Bombay plague: being a history of the progress of plague in the Bombay presidency from September 1896 to June 1899
Year: 1896
Disease focus: Plague
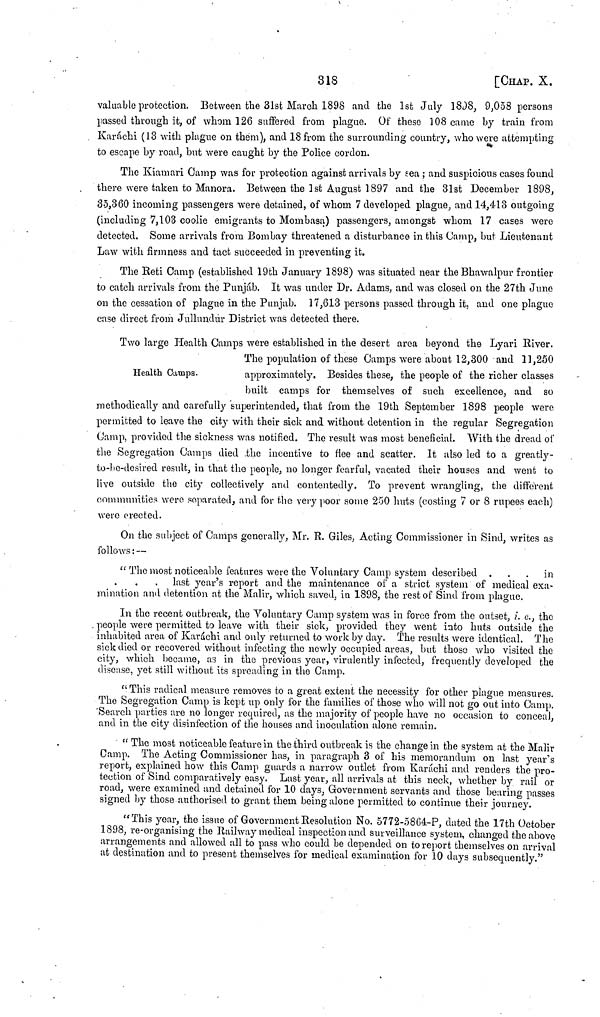
318
[CHAP. X.
valuable protection. Between the 31st March 1898 and the 1st July 1898, 9,058 persons
passed through it, of whom 126 suffered from plague. Of these 108 came by train from
Karachi (13 with plague on them), and 18 from the surrounding country, who were attempting
to escape by road, but were caught by the Police cordon.
The Kiamari Gamp was for protection against arrivals by sea ; and suspicious cases found
there were taken to Manora. Between the 1st August 1897 and the 31st December 1898,
35,360 incoming passengers were detained, of whom 7 developed plague, and 14,413 outgoing
(including 7,103 coolie emigrants to Mombasa) passengers, amongst whom 17 cases were
detected. Some arrivals from Bombay threatened a disturbance in this Camp, but Lieutenant
Law with firmness and tact succeeded in preventing it.
The Reti Camp (established 19th January 1898) was situated near the Bhawalpur frontier
to catch arrivals from the Punjab. It was under Dr. Adams, and was closed on the 27th June
on the cessation of plague in the Punjab. 17,613 persons passed through it, and one plague
case direct from Jullundur District was detected there.
Health Camps.
Two large Health Camps were established in the desert area beyond the Lyari River.
The population of these Camps were about 12,300 and 11,250
approximately. Besides these, the people of the richer classes
built camps for themselves of such excellence, and so
methodically and carefully superintended, that from the 19th September 1898 people were
permitted to leave the city with their sick and without detention in the regular Segregation
Camp, provided the sickness was notified. The result was most beneficial. With the dread of
the Segregation Gamps died the incentive to flee and scatter. It also led to a greatly-
to-bo-desired result, in that the people, no longer fearful, vacated their houses and went to
live outside the city collectively and contentedly, To prevent wrangling, the different
communities were separated, and for the very poor some 250 huts (costing 7 or 8 rupees each)
were erected.
On the subject of Camps generally, Mr. R. Giles, Acting Commissioner in Sind, writes as
follows: —
"The most noticeable features were the Voluntary Camp system described ...
in
last year's report and the maintenance of a strict system of medical exa-
mination and detention at the Malir, which saved, in 1898, the rest of Sind from plague.
In the recent outbreak, the Voluntary Gamp system was in force from the outset, i. e., the
. people were permitted to leave with their sick, provided they went into huts outside the
inhabited area of Karachi and only returned to work by day. The results were identical. The
sick died or recovered without infecting the newly occupied areas, but those who visited the
city, which became, as in the previous year, virulently infected, frequently developed the
disease, yet still without its spreading in the Camp.
" This radical measure removes to a great extent the necessity for other plague measures.
The Segregation Camp is kept up only for the families of those who will not go out into Camp.
"Search parties are no longer required, as the majority of people have no occasion to conceal,
and in the city disinfection of the houses and inoculation alone remain.
" The most noticeable feature in the third outbreak is the change in the system at the Malir
Camp. The Acting Commissioner has, in paragraph 3 of his memorandum on last year's
report, explained how this Camp guards a narrow outlet from Karachi and renders the pro-
tection of Sind comparatively easy. Last year, all arrivals at this neck, whether by rail or
road, were examined and detained for 10 days, Government servants and those bearing passes
signed by those authorised to grant them being alone permitted to continue their journey.
"This year, the issue of Government Resolution No. 5772-58G4-P, dated the 17th October
1898, re-organising the Railway medical inspection and surveillance system, changed the above
arrangements and allowed all to pass who could be depended on to report themselves on arrival
at destination and to present themselves for medical examination for 10 days subsequently."